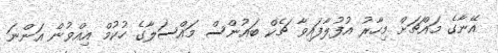
އޭނާގެ މައްޗަށް މިހާރު އުފުލާފައިވާ ޗެކް ބައުންސް މައްސަލާގެ ހުކުމް އިއްވުން އަންނަ